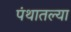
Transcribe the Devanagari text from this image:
पंथातल्या